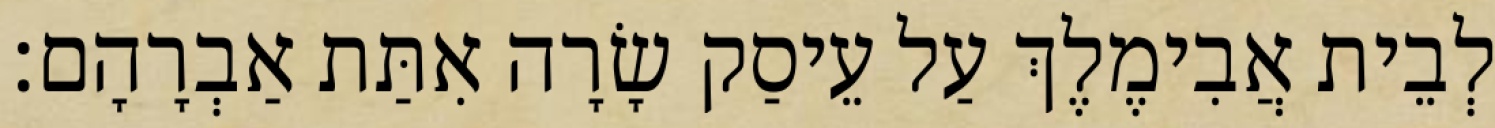
לְבֵית אֲבִימֶלֶךְ עַל עֵיסַק שָׂרָה אִתַּת אַבְרָהָם׃